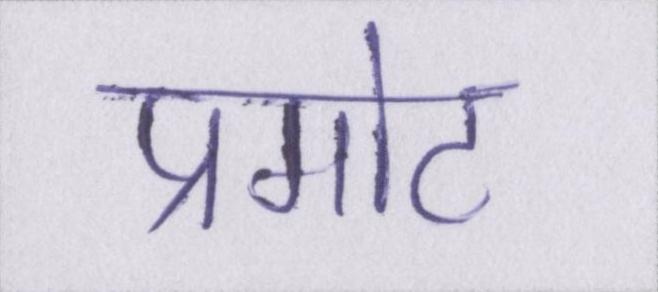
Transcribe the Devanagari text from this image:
प्रमोट